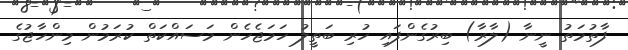
ފާތުމަތު ނީނާ (ލާރާ) ބިރުގެންފައި ހުރި ބަތީލު ހަމަޖެހެން މަސައްކަތް ކުރަމުން މިންހާޖުގެ